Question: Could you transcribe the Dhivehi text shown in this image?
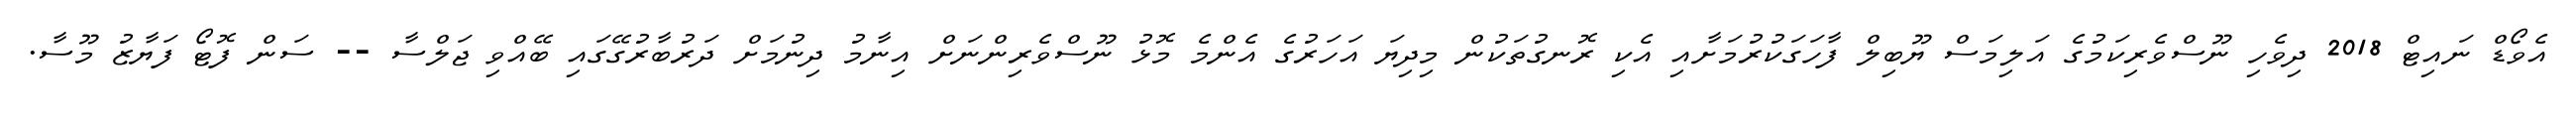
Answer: އެވޯޑް ނައިޓް 2018 ދިވެހި ނޫސްވެރިކަމުގެ އަލިމަސް ޔޫބިލް ފާހަގަކުރުމަށާއި އެކި ރޮނގުތަކުން މިދިޔަ އަހަރުގެ އެންމެ މޮޅު ނޫސްވެރިންނަށް އިނާމު ދިނުމަށް ދަރުބާރުގޭގައި ބޭއްވި ޖަލްސާ -- ސަން ފޮޓޯ ފަޔާޒު މޫސާ.